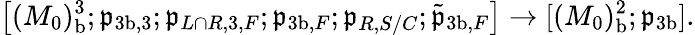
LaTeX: \bigl[(M_{0})_{\mathrm{b}}^{3};\mathfrak{p}_{{3\mathrm{b}},3};\mathfrak{p}_{L\cap R,3,F};\mathfrak{p}_{{3\mathrm{b}},F};\mathfrak{p}_{R,S/C};\tilde{\mathfrak{p}}_{{3\mathrm{b}},F}\bigr]\to[(M_{0})_{\mathrm{b}}^{2};\mathfrak{p}_{3\mathrm{b}}].